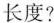
长度？